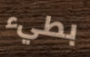
بطيء